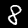
Label: 8